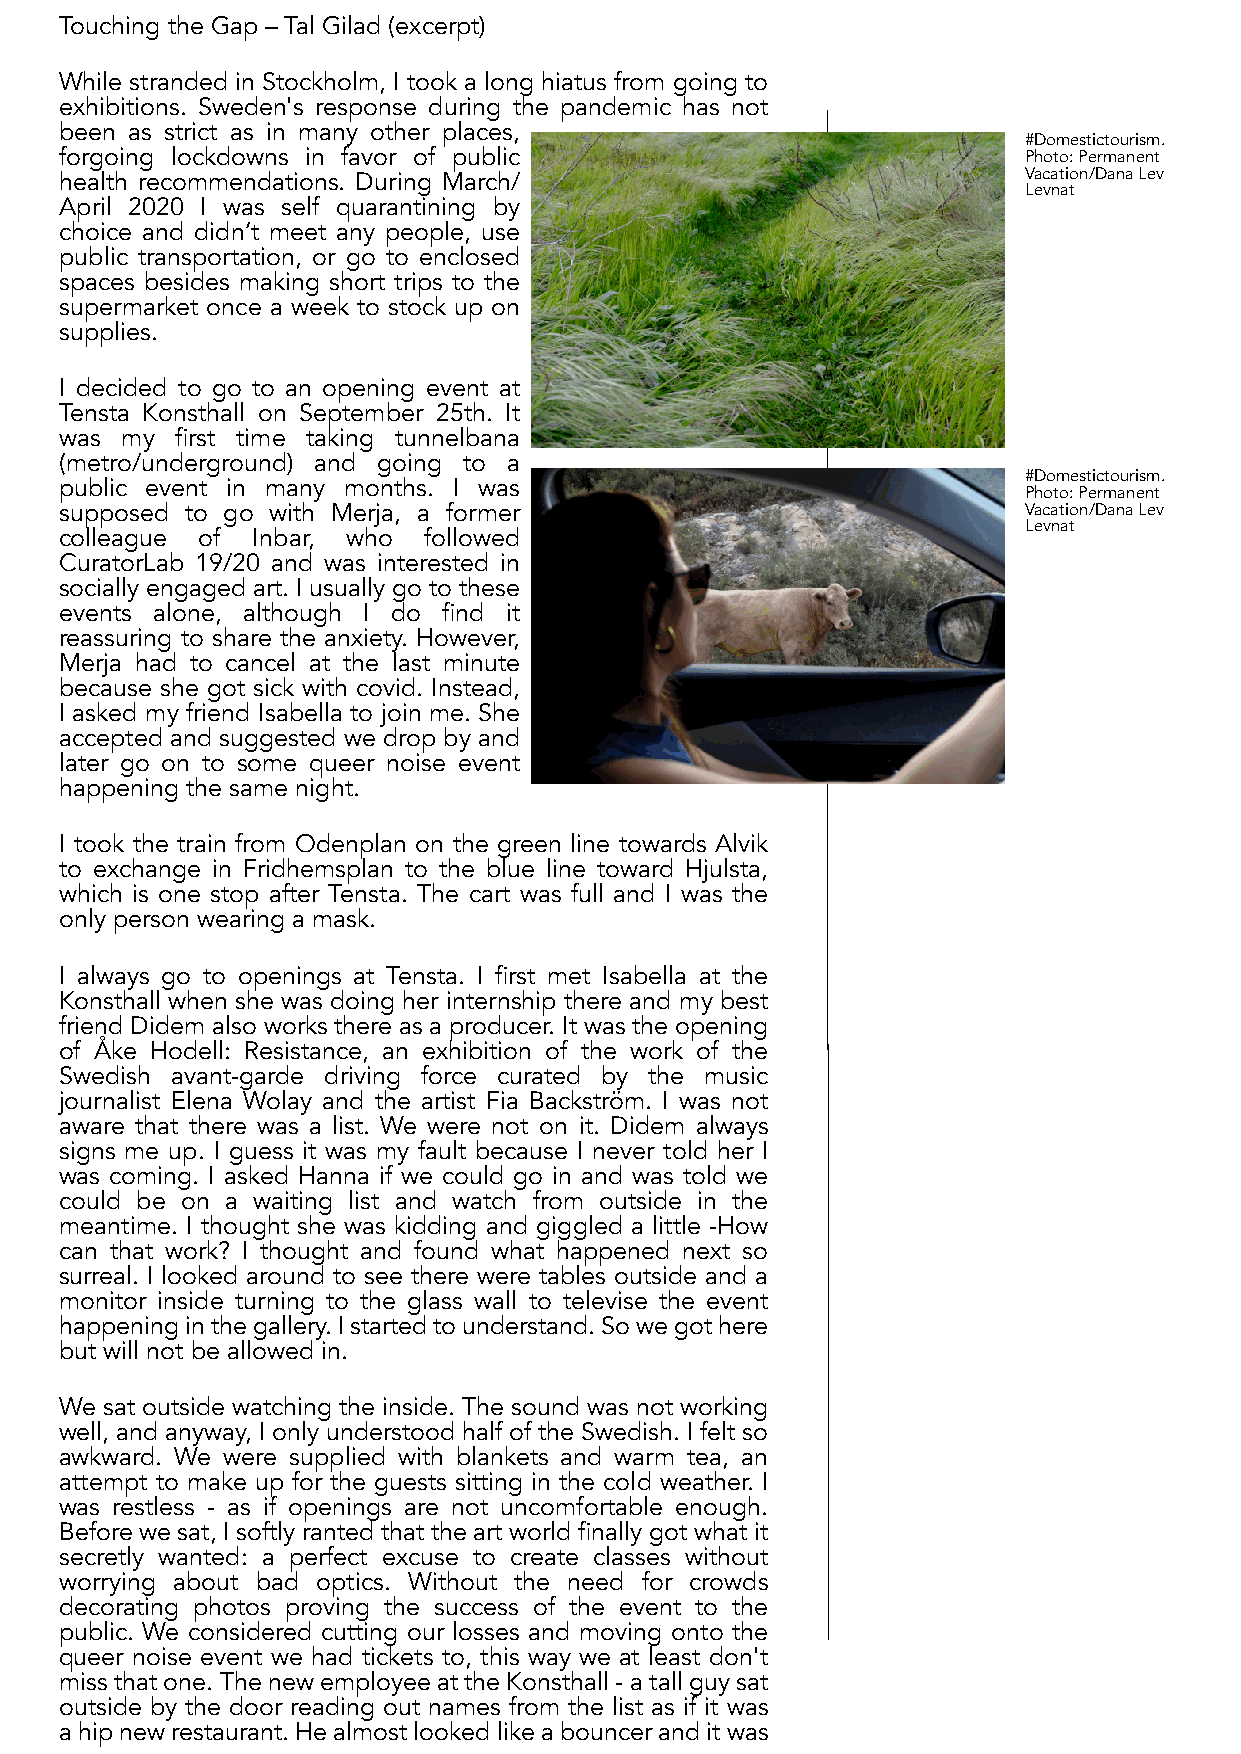
Touching the Gap – Tal Gilad (excerpt)
 While stranded in Stockholm, I took a long hiatus from going to
 exhibitions. Sweden's response during the pandemic has not
 been as strict as in many other places,
 #Domestictourism.
 forgoing lockdowns in favor of public                           Photo:Permanent
 health recommendations. During March/                           Vacation/DanaLev
 Levnat
 April 2020 I was self quarantining by
 choice and didn’t meet any people, use
 public transportation, or go to enclosed
 spaces besides making short trips to the
 supermarket once a week to stock up on
 supplies.
 I decided to go to an opening event at
 Tensta Konsthall on September 25th. It
 was my  first time taking tunnelbana
 (metro/underground) and going to a
 #Domestictourism.
 public event in many months. I was
 Photo:Permanent
 supposed to go with Merja, a former                             Vacation/DanaLev
 Levnat
 colleague of Inbar, who followed
 CuratorLab 19/20 and was interested in
 socially engaged art. I usually go to these
 events alone, although I do find it
 reassuring to share the anxiety. However,
 Merja had to cancel at the last minute
 because she got sick with covid. Instead,
 I asked my friend Isabella to join me. She
 accepted and suggested we drop by and
 later go on to some queer noise event
 happening the same night.
 I took the train from Odenplan on the green line towards Alvik
 to exchange in Fridhemsplan to the blue line toward Hjulsta,
 which is one stop after Tensta. The cart was full and I was the
 only person wearing a mask.
 I always go to openings at Tensta. I first met Isabella at the
 Konsthall when she was doing her internship there and my best
 friend Didem also works there as a producer. It was the opening
 of Åke Hodell: Resistance, an exhibition of the work of the
 Swedish avant-garde driving force curated by the music
 journalist Elena Wolay and the artist Fia Backström. I was not
 aware that there was a list. We were not on it. Didem always
 signs me up. I guess it was my fault because I never told her I
 was coming. I asked Hanna if we could go in and was told we
 could be on a waiting list and watch from outside in the
 meantime. I thought she was kidding and giggled a little -How
 can that work? I thought and found what happened next so
 surreal. I looked around to see there were tables outside and a
 monitor inside turning to the glass wall to televise the event
 happeninginthegallery.Istartedtounderstand.Sowegothere
 but will not be allowed in.
 We sat outside watching the inside. The sound was not working
 well, and anyway, I only understood half of the Swedish. I felt so
 awkward. We were supplied with blankets and warm tea, an
 attempt to make up for the guests sitting in the cold weather. I
 was restless - as if openings are not uncomfortable enough.
 Before we sat, I softly ranted that the art world finally got what it
 secretly wanted: a perfect excuse to create classes without
 worrying about bad optics. Without the need for crowds
 decorating photos proving the success of the event to the
 public. We considered cutting our losses and moving onto the
 queer noise event we had tickets to, this way we at least don't
 missthatone.ThenewemployeeattheKonsthall-atallguysat
 outside by the door reading out names from the list as if it was
 ahipnewrestaurant.Healmostlookedlikeabounceranditwas